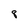
Character: 8